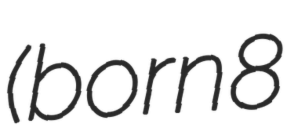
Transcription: (born 8